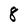
Character: 8